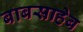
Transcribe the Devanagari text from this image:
बाबसाहेब